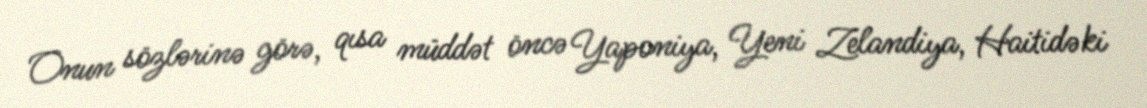
Onun sözlərinə görə, qısa müddət öncə Yaponiya, Yeni Zelandiya, Haitidəki